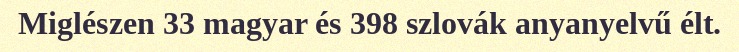
Miglészen 33 magyar és 398 szlovák anyanyelvű élt.